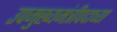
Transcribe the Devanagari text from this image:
उपमुख्यमंत्रीपदाच्या